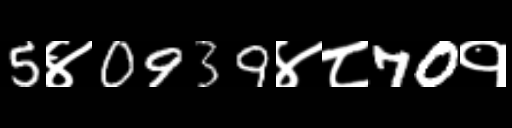
Text: 5४0939४८70१